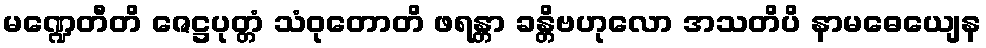
မဏ္ဍေတီတိ ဇေဋ္ဌပုတ္တံ သံဝုတောတိ ဖရန္တာ ခန္တိဗဟုလော အသတိပိ နာမဓေယျေန